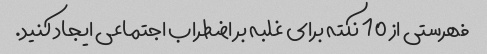
فهرستی از 10 نکته برای غلبه بر اضطراب اجتماعی ایجاد کنید.